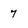
Character: 7